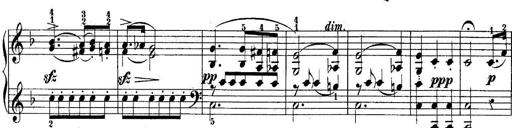
Title: 10 Sonatines progressives
Composer: Anton Schmoll